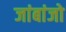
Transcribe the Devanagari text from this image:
जांबांजो